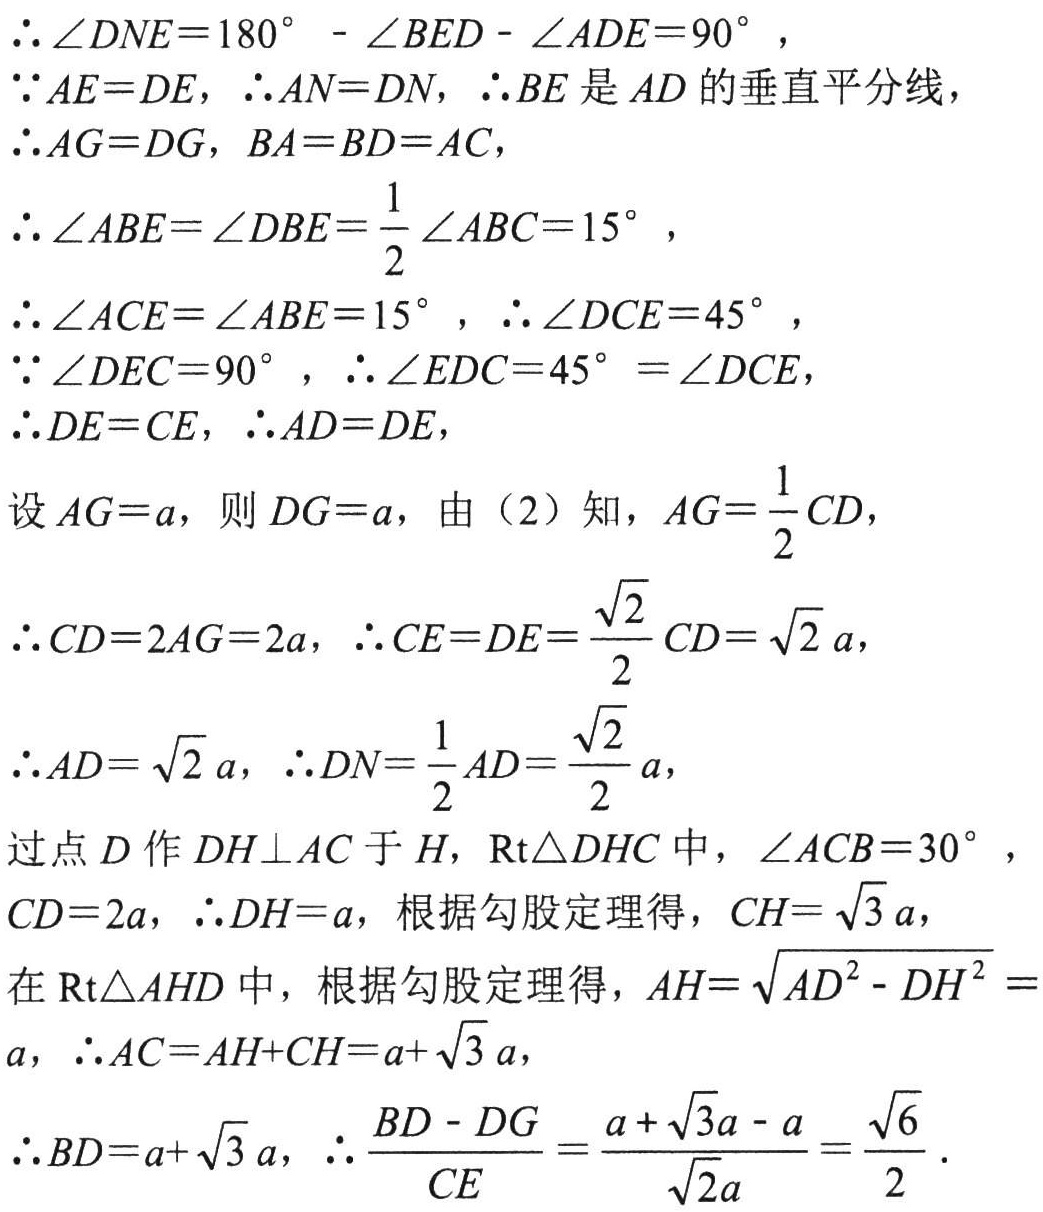
\(\therefore \angle DNE = 180^{\circ}-\angle BED - \angle ADE = 90^{\circ}\),

\(\because AE = DE,\therefore AN = DN,\therefore BE\) 是 \(AD\) 的垂直平分线,

\(\therefore AG = DG,BA = BD = AC\),

\(\therefore \angle ABE=\angle DBE=\frac{1}{2}\angle ABC = 15^{\circ}\),

\(\therefore \angle ACE=\angle ABE = 15^{\circ},\therefore \angle DCE = 45^{\circ}\),

\(\because \angle DEC = 90^{\circ},\therefore \angle EDC = 45^{\circ}=\angle DCE\),

\(\therefore DE = CE,\therefore AD = DE\),

设 \(AG = a\), 则 \(DG = a\), 由（2）知，\(AG=\frac{1}{2}CD\),

\(\therefore CD = 2AG = 2a,\therefore CE = DE=\frac{\sqrt{2}}{2}CD=\sqrt{2}a\),

\(\therefore AD=\sqrt{2}a,\therefore DN=\frac{1}{2}AD=\frac{\sqrt{2}}{2}a\),

过点 \(D\) 作 \(DH\perp AC\) 于 \(H\), \(\text{Rt}\triangle DHC\) 中，\(\angle ACB = 30^{\circ}\),

\(CD = 2a,\therefore DH = a\), 根据勾股定理得，\(CH=\sqrt{3}a\),

在 \(\text{Rt}\triangle AHD\) 中，根据勾股定理得，\(AH=\sqrt{AD^{2}-DH^{2}}=a\), \(\therefore AC = AH + CH = a+\sqrt{3}a\),

\(\therefore BD = a+\sqrt{3}a,\therefore \frac{BD - DG}{CE}=\frac{a+\sqrt{3}a - a}{\sqrt{2}a}=\frac{\sqrt{6}}{2}\).